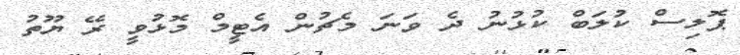
ޕޮލިސް ކުލަބް ކުޅުނު ދެ ވަނަ މެޗުން އެޓީމް މޮޅުވީ ރޭ ޔޫތު